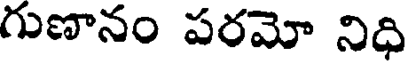
గుణానం పరమో నిధి